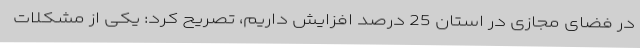
در فضای مجازی در استان 25 درصد افزایش داریم، تصریح کرد: یکی از مشکلات